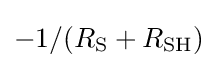
-1/(R_{\text{S}}+R_{\text{SH}})